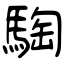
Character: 騊